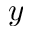
y